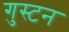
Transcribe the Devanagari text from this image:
गुस्टन